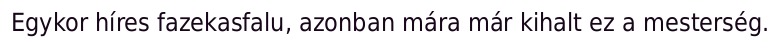
Egykor híres fazekasfalu, azonban mára már kihalt ez a mesterség.